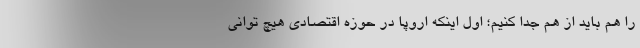
را هم باید از هم جدا کنیم؛ اول اینکه اروپا در حوزه اقتصادی هیچ توانی